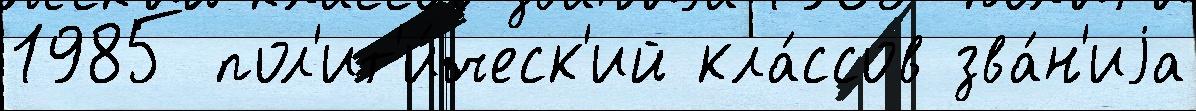
1985 пол'ит'и́ческ'ий кла́ссов зва́н'иjа